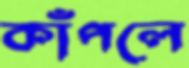
কাঁপলে